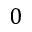
0